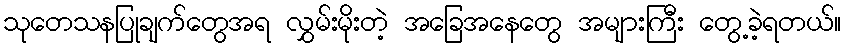
သုတေသနပြုချက်တွေအရ လွှမ်းမိုးတဲ့ အခြေအနေတွေ အများကြီး တွေ့ခဲ့ရတယ်။